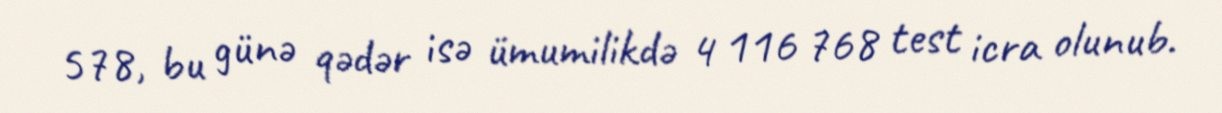
578, bu günə qədər isə ümumilikdə 4 116 768 test icra olunub.